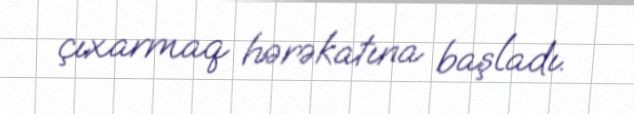
çıxarmaq hərəkatına başladı.